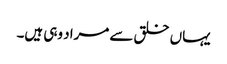
یہاں خلق سے مراد وہی ہیں۔